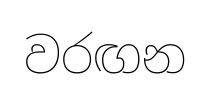
වරඟන